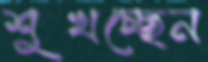
শুখচ্ছেন